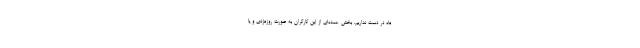
ماه در دست نداریم. بخش عمده‌ای از این کارگران به صورت روزمزدی و یا